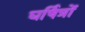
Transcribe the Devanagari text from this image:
घर्षित्रों